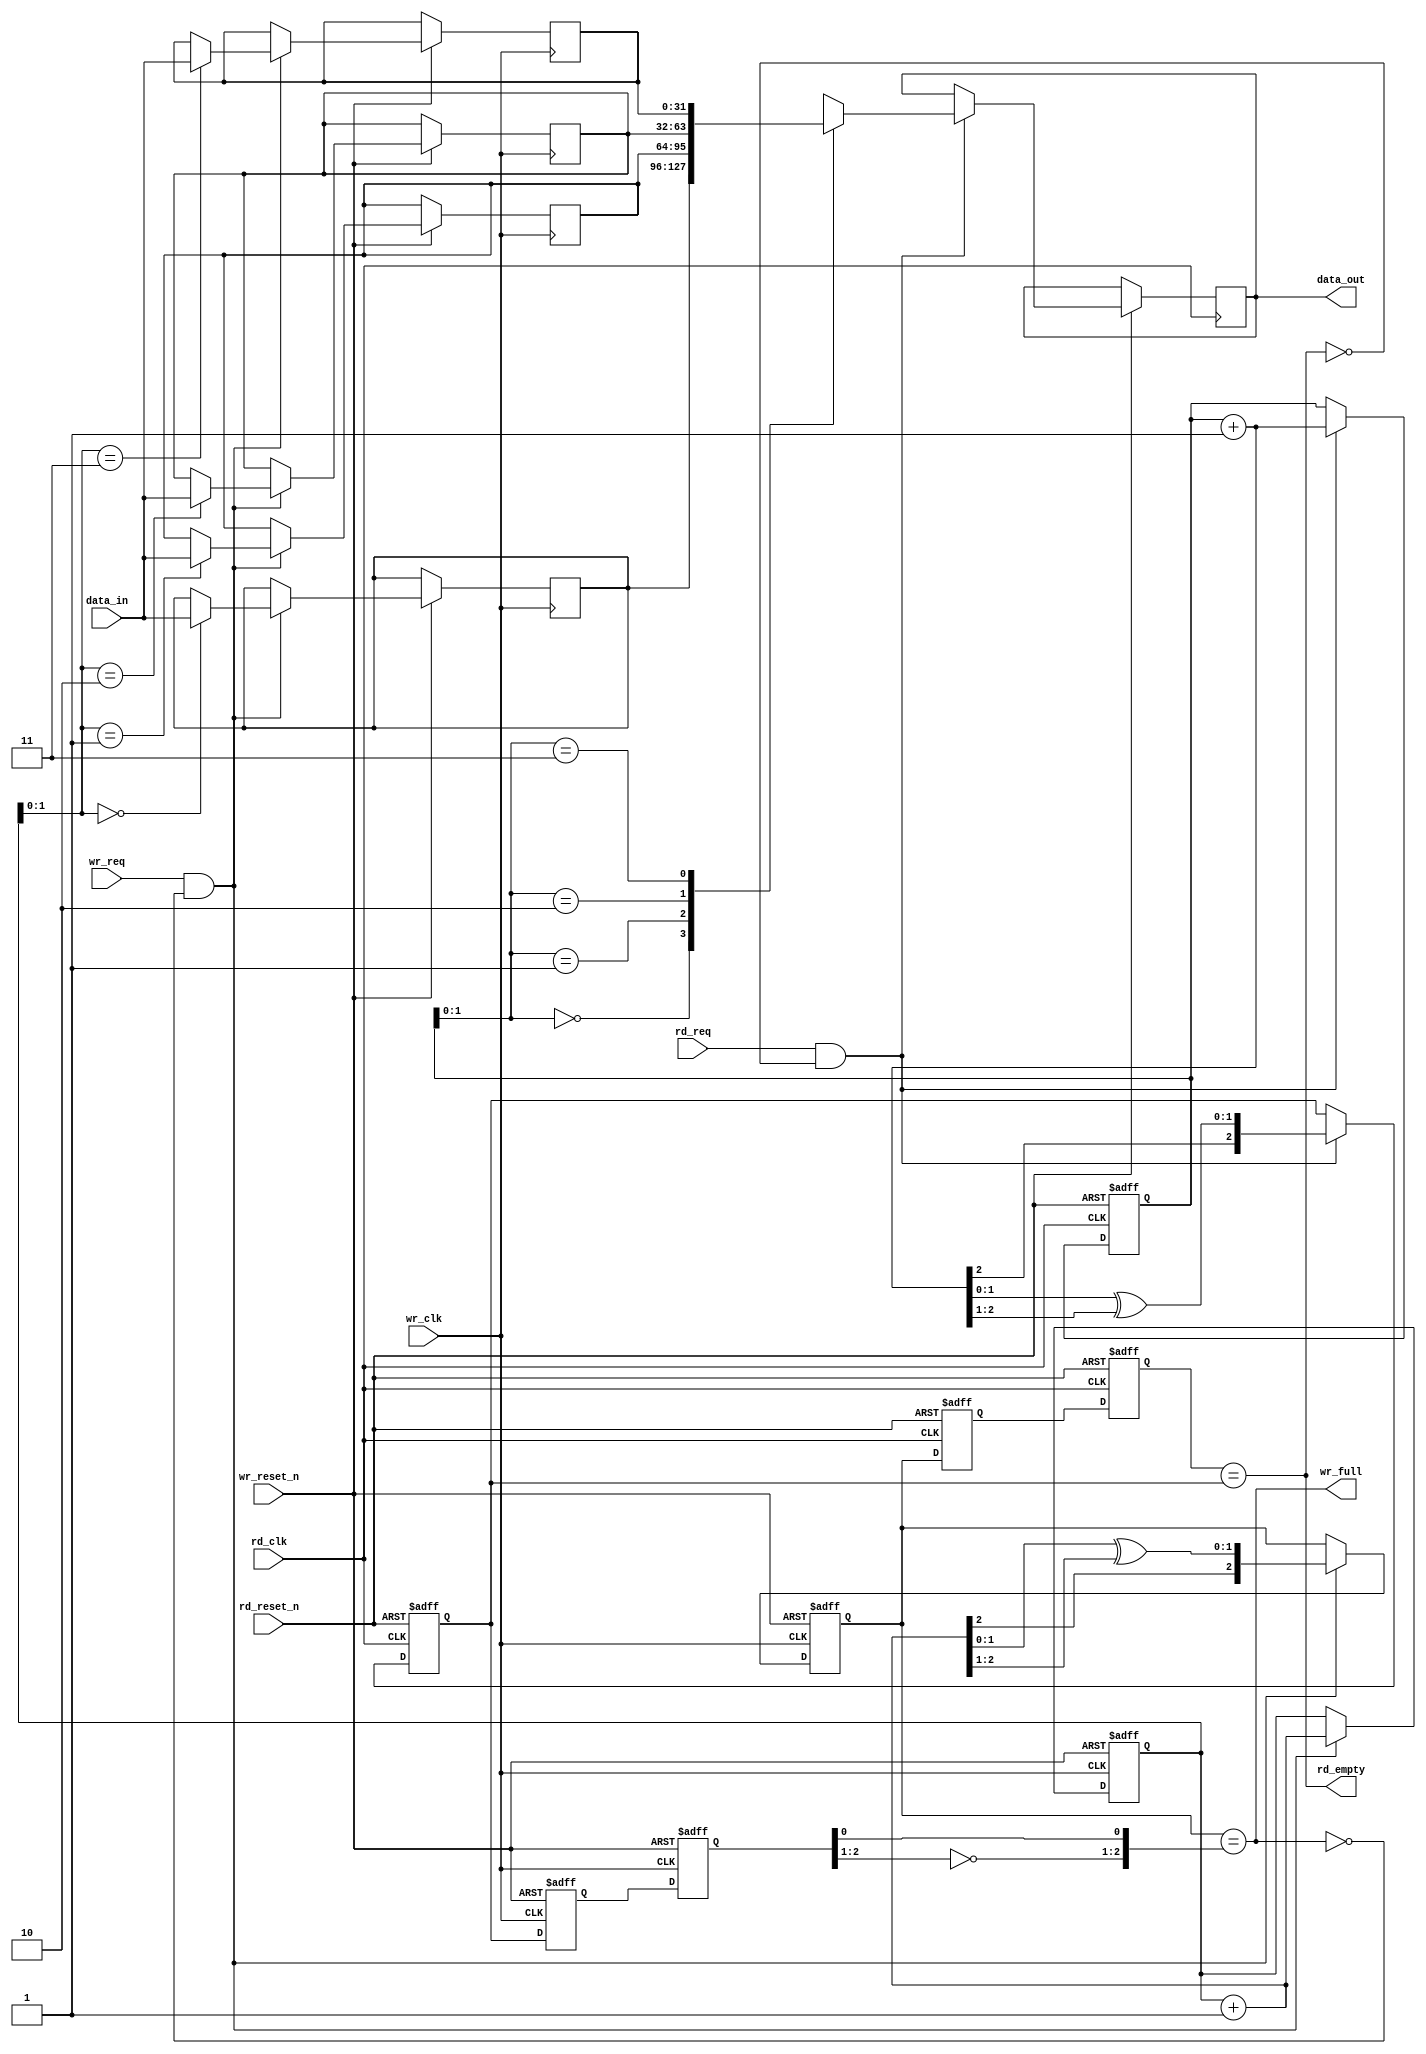
module dcfifo(
    
    input [DATA_WIDTH - 1:0] data_in,
    input wr_clk,
    input wr_req,
    output wr_full,

    output reg [DATA_WIDTH - 1:0] data_out,
    input rd_clk,
    input rd_req,
    output rd_empty,

    input wr_reset_n,
    input rd_reset_n
);

parameter DATA_WIDTH = 32;
parameter ADDR_WIDTH = 2;

reg [DATA_WIDTH-1:0] mem [(1 << ADDR_WIDTH) - 1 : 0];

reg [ADDR_WIDTH:0] wr_write_ptr;
reg [ADDR_WIDTH:0] rd_write_ptr_gray; 
reg [ADDR_WIDTH:0] wr_write_ptr_gray;

reg [ADDR_WIDTH:0] rd_read_ptr;
reg [ADDR_WIDTH:0] wr_read_ptr_gray;      
reg [ADDR_WIDTH:0] rd_read_ptr_gray;

reg [ADDR_WIDTH:0] sync_w2r;
reg [ADDR_WIDTH:0] sync_r2w;

function [ADDR_WIDTH:0] gray_conv;
input [ADDR_WIDTH:0] in;
begin
	gray_conv = {in[ADDR_WIDTH], in[ADDR_WIDTH-1:0] ^ in[ADDR_WIDTH:1]};
end
endfunction

assign wr_full = (wr_write_ptr_gray == {~wr_read_ptr_gray[ADDR_WIDTH:ADDR_WIDTH-1], wr_read_ptr_gray[ADDR_WIDTH - 2: 0]});
assign rd_empty = (rd_write_ptr_gray == rd_read_ptr_gray);

// sync read ptr into write clock domain
always @(posedge wr_clk or negedge wr_reset_n) 
begin
    if(!wr_reset_n)
    begin
        { wr_read_ptr_gray, sync_r2w } <= 0;
    end
    else begin
        { wr_read_ptr_gray, sync_r2w } <= { sync_r2w, rd_read_ptr_gray };
    end
end

// sync write ptr into read clock domain
always @(posedge rd_clk or negedge rd_reset_n) 
begin
    if(!rd_reset_n)
    begin
        { rd_write_ptr_gray, sync_w2r } <= 0;
    end
    else begin
        { rd_write_ptr_gray, sync_w2r } <= { sync_w2r , wr_write_ptr_gray };
    end
end

//incrementing write pointer in the current clock domain
always @(posedge wr_clk or negedge wr_reset_n) 
begin
    if(!wr_reset_n)
    begin
        wr_write_ptr <= 0;
        wr_write_ptr_gray <= 0;
    end
    else if((wr_req) && (!wr_full))
    begin
        wr_write_ptr <= wr_write_ptr + 1;
        wr_write_ptr_gray <= gray_conv(wr_write_ptr + 1);
        mem[wr_write_ptr] <= data_in;
    end
end

//incrementing write pointer in the current clock domain
always @(posedge rd_clk or negedge rd_reset_n) 
begin
    if(!rd_reset_n)
    begin
        rd_read_ptr <= 0;
        rd_read_ptr_gray <= 0;
    end
    else if((rd_req) && (!rd_empty))
    begin
        rd_read_ptr <= rd_read_ptr + 1;
        rd_read_ptr_gray <= gray_conv(rd_read_ptr + 1);
        data_out <= mem[rd_read_ptr];
    end
end


endmodule